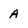
Character: A